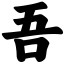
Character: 吾